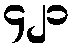
၄၂၁